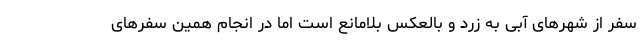
سفر از شهرهای آبی به زرد و بالعکس بلامانع است اما در انجام همین سفرهای